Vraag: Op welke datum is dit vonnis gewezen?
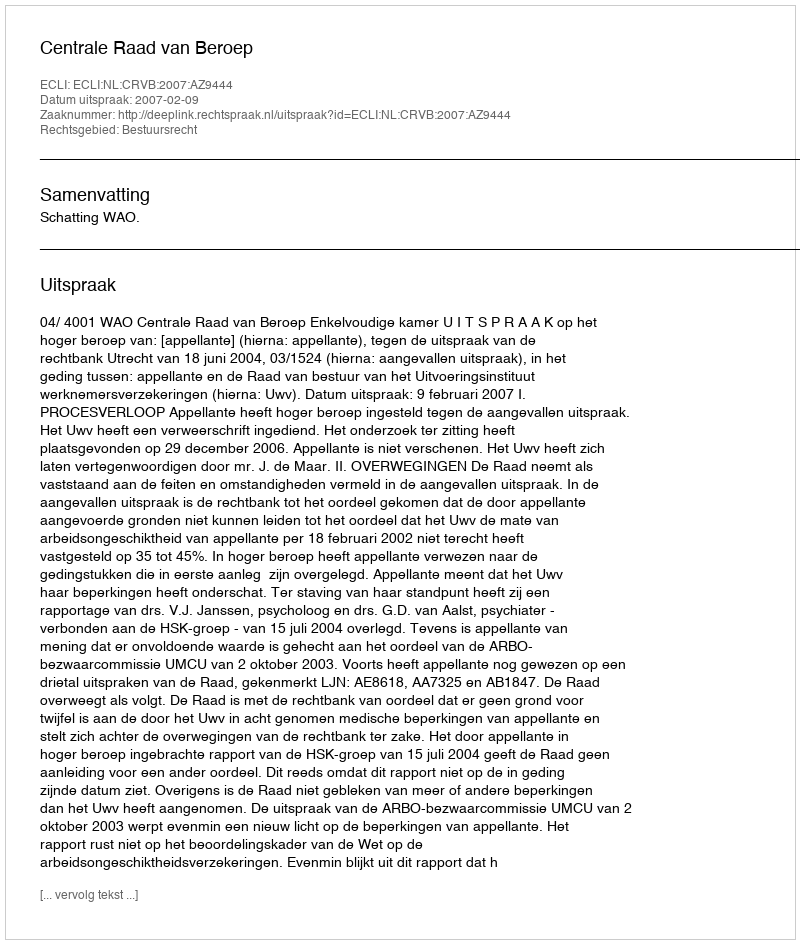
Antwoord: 2007-02-09